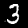
Digit: 3